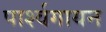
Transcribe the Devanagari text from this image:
पार्श्‍वगायन